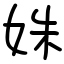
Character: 姝